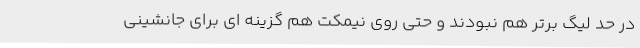
در حد لیگ برتر هم نبودند و حتی روی نیمکت هم گزینه ای برای جانشینی